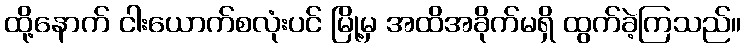
ထို့နောက် ငါးယောက်စလုံးပင် မြို့မှ အထိအခိုက်မရှိ ထွက်ခဲ့ကြသည်။